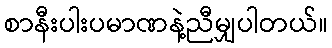
စာနီးပါးပမာဏနဲ့ညီမျှပါတယ်။